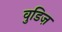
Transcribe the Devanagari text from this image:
वुडिज़